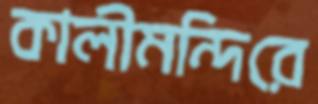
কালীমন্দিরে